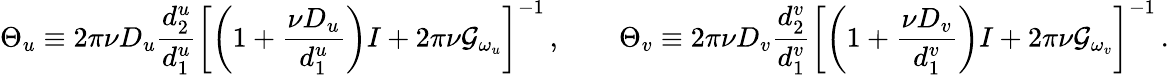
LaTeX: \Theta_{u}\equiv 2\pi\nu D_{u}\frac{d_{2}^{u}}{d_{1}^{u}}\left[\left(1+\frac{\nu D_{u}}{d_{1}^{u}}\right)I+2\pi\nu\mathcal{G}_{\omega_{u}}\right]^{-1}\, ,\qquad\Theta_{v}\equiv 2\pi\nu D_{v}\frac{d_{2}^{v}}{d_{1}^{v}}\left[\left(1+\frac{\nu D_{v}}{d_{1}^{v}}\right)I+2\pi\nu\mathcal{G}_{\omega_{v}}\right]^{-1}\, .